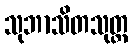
သုဘာသိတသုတ္တ